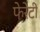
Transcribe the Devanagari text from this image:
फेरेंटी